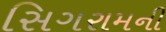
સિગરામની